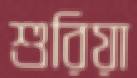
শুরিয়া